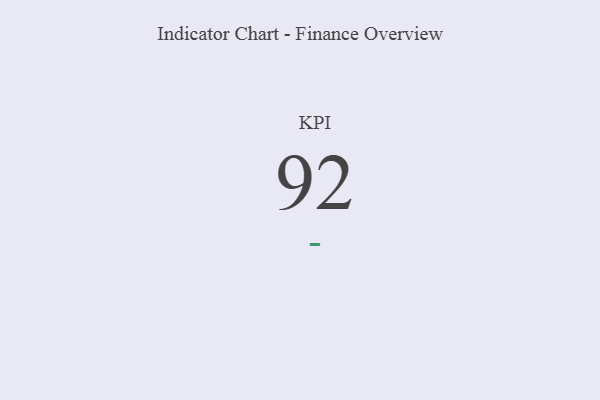
{"axis": {"x": "KPI", "y": "Value"}, "legend": [""], "data": [{"x": "KPI", "y": 92, "type": ""}]}